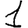
Digit: 1